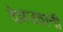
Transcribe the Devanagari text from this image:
देवउठानी